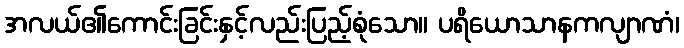
အလယ်၏ကောင်းခြင်းနှင့်လည်းပြည့်စုံသော။ ပရိယောသာနကလျာဏံ၊